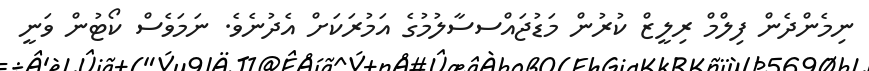
ނިމެންދެން ފިލްމް ރިލީޒް ކުރުން މަޑުޖައްސސާލުމުގެ އަމުރަކަށް އެދުނެވެ. ނަމަވެސް ކޯޓުން ވަނީ